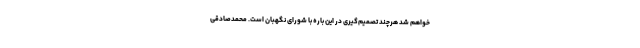
خواهم شد هرچند تصمیم‌گیری در این باره با شورای نگهبان است. محمدصادقی